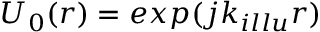
U _ { 0 } ( r ) = e x p ( j k _ { i l l u } r )